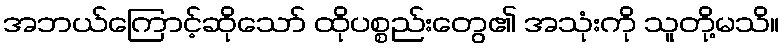
အဘယ်ကြောင့်ဆိုသော် ထိုပစ္စည်းတွေ၏ အသုံးကို သူတို့မသိ။